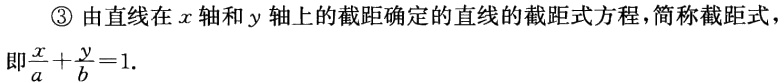
\textcircled{3} 由直线在 \(x\) 轴和 \(y\) 轴上的截距确定的直线的截距式方程，简称截距式，
即 \(\frac{x}{a}+\frac{y}{b}=1\).